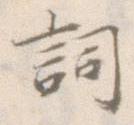
詞